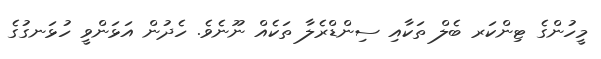
މީހުންގެ ޓިންކަރ ބެލް ތަކާއި ސިންޑްރެލާ ތަކެއް ނޫނެވެ. ހެދުން އަޅަންވީ ހުޅަނގުގެ